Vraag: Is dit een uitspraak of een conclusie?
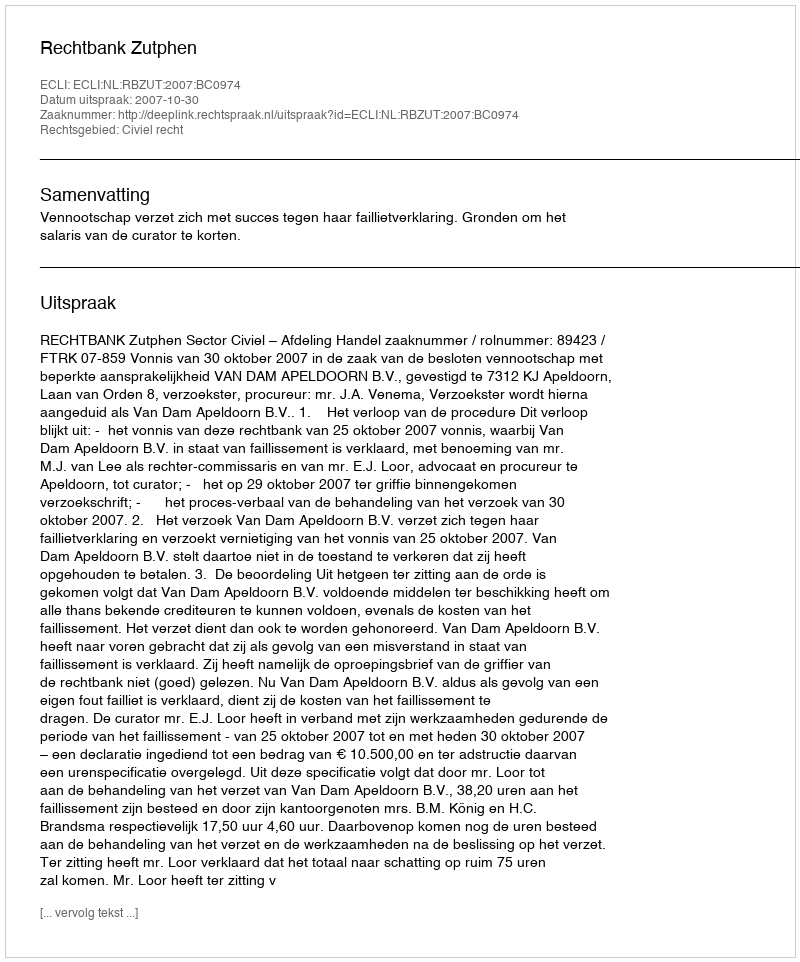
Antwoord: Uitspraak